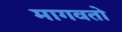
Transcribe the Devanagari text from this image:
मागवतो